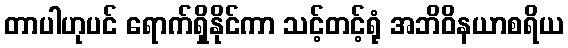
တာပါဟုပင် ရောက်ရှိနိုင်ကာ သင့်တင့်ရုံ အဘိဝိနယာစရိယ